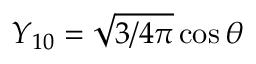
Y _ { 1 0 } = \sqrt { 3 / 4 \pi } \cos { \theta }